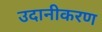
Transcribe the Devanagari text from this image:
उदानीकरण